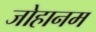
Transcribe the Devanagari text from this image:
जोहानम